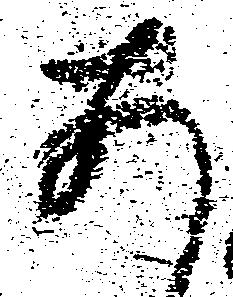
あ